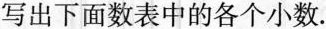
写出下面数表中的各个小数。